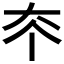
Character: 𡗟